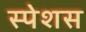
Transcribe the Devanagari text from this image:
स्पेशस